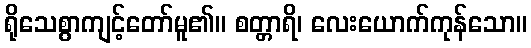
ရိုသေစွာကျင့်တော်မူ၏။ စတ္တာရိ၊ လေးယောက်ကုန်သော။